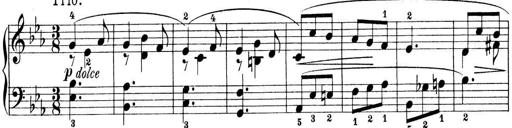
Title: Preis-Sonatine
Composer: Ernst James Bremner